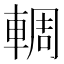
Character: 輖